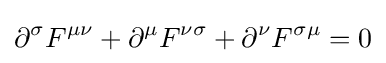
\partial ^{\sigma }F^{\mu \nu }+\partial ^{\mu }F^{\nu \sigma }+\partial ^{\nu }F^{\sigma \mu }=0